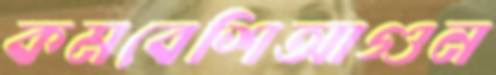
কমবেশিআগুন